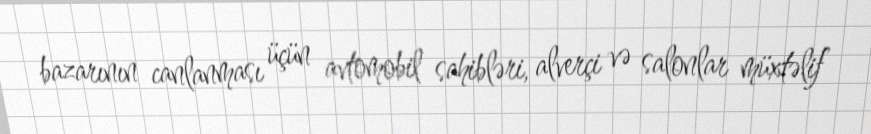
bazarının canlanması üçün avtomobil sahibləri, alverçi və salonlar müxtəlif